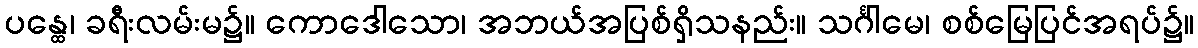
ပန္ထေ၊ ခရီးလမ်းမ၌။ ကောဒေါသော၊ အဘယ်အပြစ်ရှိသနည်း။ သင်္ဂါမေ၊ စစ်မြေပြင်အရပ်၌။